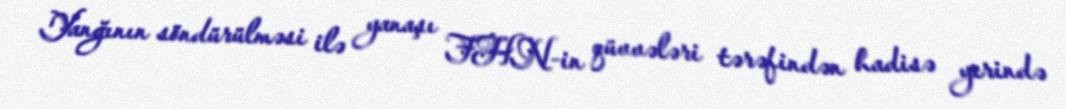
Yanğının söndürülməsi ilə yanaşı FHN-in qüvvələri tərəfindən hadisə yerində